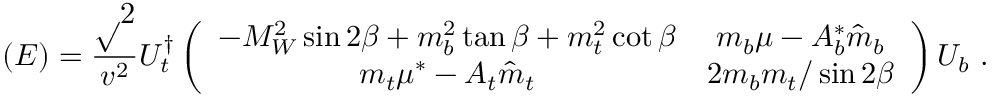
\left( { \cal E } \right) = { \frac { \surd 2 } { v ^ { 2 } } } { \large U _ { t } ^ { \dagger } } \left( \begin{array} { c c } { { - M _ { W } ^ { 2 } \sin 2 \beta + m _ { b } ^ { 2 } \tan \beta + m _ { t } ^ { 2 } \cot \beta } } & { { m _ { b } \mu - A _ { b } ^ { * } \hat { m } _ { b } } } \\ { { m _ { t } \mu ^ { * } - A _ { t } \hat { m } _ { t } } } & { { 2 m _ { b } m _ { t } / \sin 2 \beta } } \end{array} \right) { \large U _ { b } } \ .